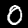
Digit: 0